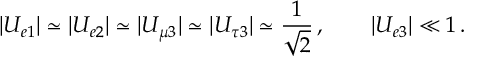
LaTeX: | U _ { e 1 } | \simeq | U _ { e 2 } | \simeq | U _ { \mu 3 } | \simeq | U _ { \tau 3 } | \simeq \frac { 1 } { \sqrt { 2 } } \, , \qquad | U _ { e 3 } | \ll 1 \, .